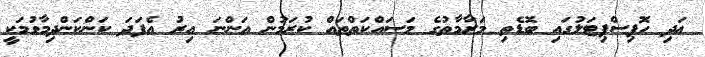
އަދި ހޮޕިސްޕިޓަލުގައި ބޮޑެތި މަރާމާތުގެ މަސައްކަތްތައް ކުރަމުން އަންނަ އިރު އެފަދަ ކަންކަންދިމާވުމަކީ